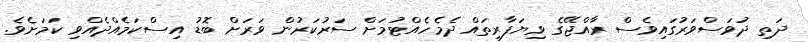
ދަތި ދުވަސްވަރުގައިވެސް ރާއްޖޭގެ ވިޔަފާރިތައް ދެމެހެއްޓުމަށް ސަރުކަރުން ވަރަށް ބޮޑު އިސްކަމެއްދެއްވި ކަމަށެވެ.